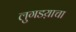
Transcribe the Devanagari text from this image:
लुगडय़ाचा